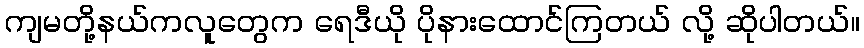
ကျမတို့နယ်ကလူတွေက ရေဒီယို ပိုနားထောင်ကြတယ် လို့ ဆိုပါတယ်။